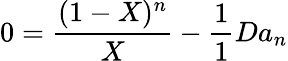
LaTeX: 0={\frac{(1-X)^{n}}{X}}-{\frac{1}{1}{{Da_{n}}}}